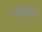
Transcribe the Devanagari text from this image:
अतिष्ठान